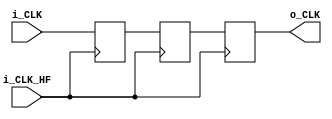
`timescale 1ns / 1ps
//////////////////////////////////////////////////////////////////////////////////
// Company: 
// Engineer: 
// 
// Design Name: 
// Module Name:    ClockDelayer 
// Project Name: 
// Target Devices: 
// Tool versions: 
// Description: 
//
// Dependencies: 
//
// Revision: 
// Revision 0.01 - File Created
// Additional Comments: 
//
//////////////////////////////////////////////////////////////////////////////////
module ClockDelayer2HF(
    input i_CLK,
    input i_CLK_HF,
    output reg o_CLK
    );
	 
	 //parameter Num_HF_Delay = 2;
	 //reg [3:0] _N_HFD_count;
	 
	 reg _CLK_next2;
	 reg _CLK_next1;
	 
	initial
	begin
		o_CLK = 0;
		_CLK_next2 = 0;
		_CLK_next1 = 0;
	end
	
	always @(posedge i_CLK_HF)
	begin
		o_CLK = _CLK_next1;
		_CLK_next1 = _CLK_next2;
		_CLK_next2 = i_CLK;
	end

endmodule